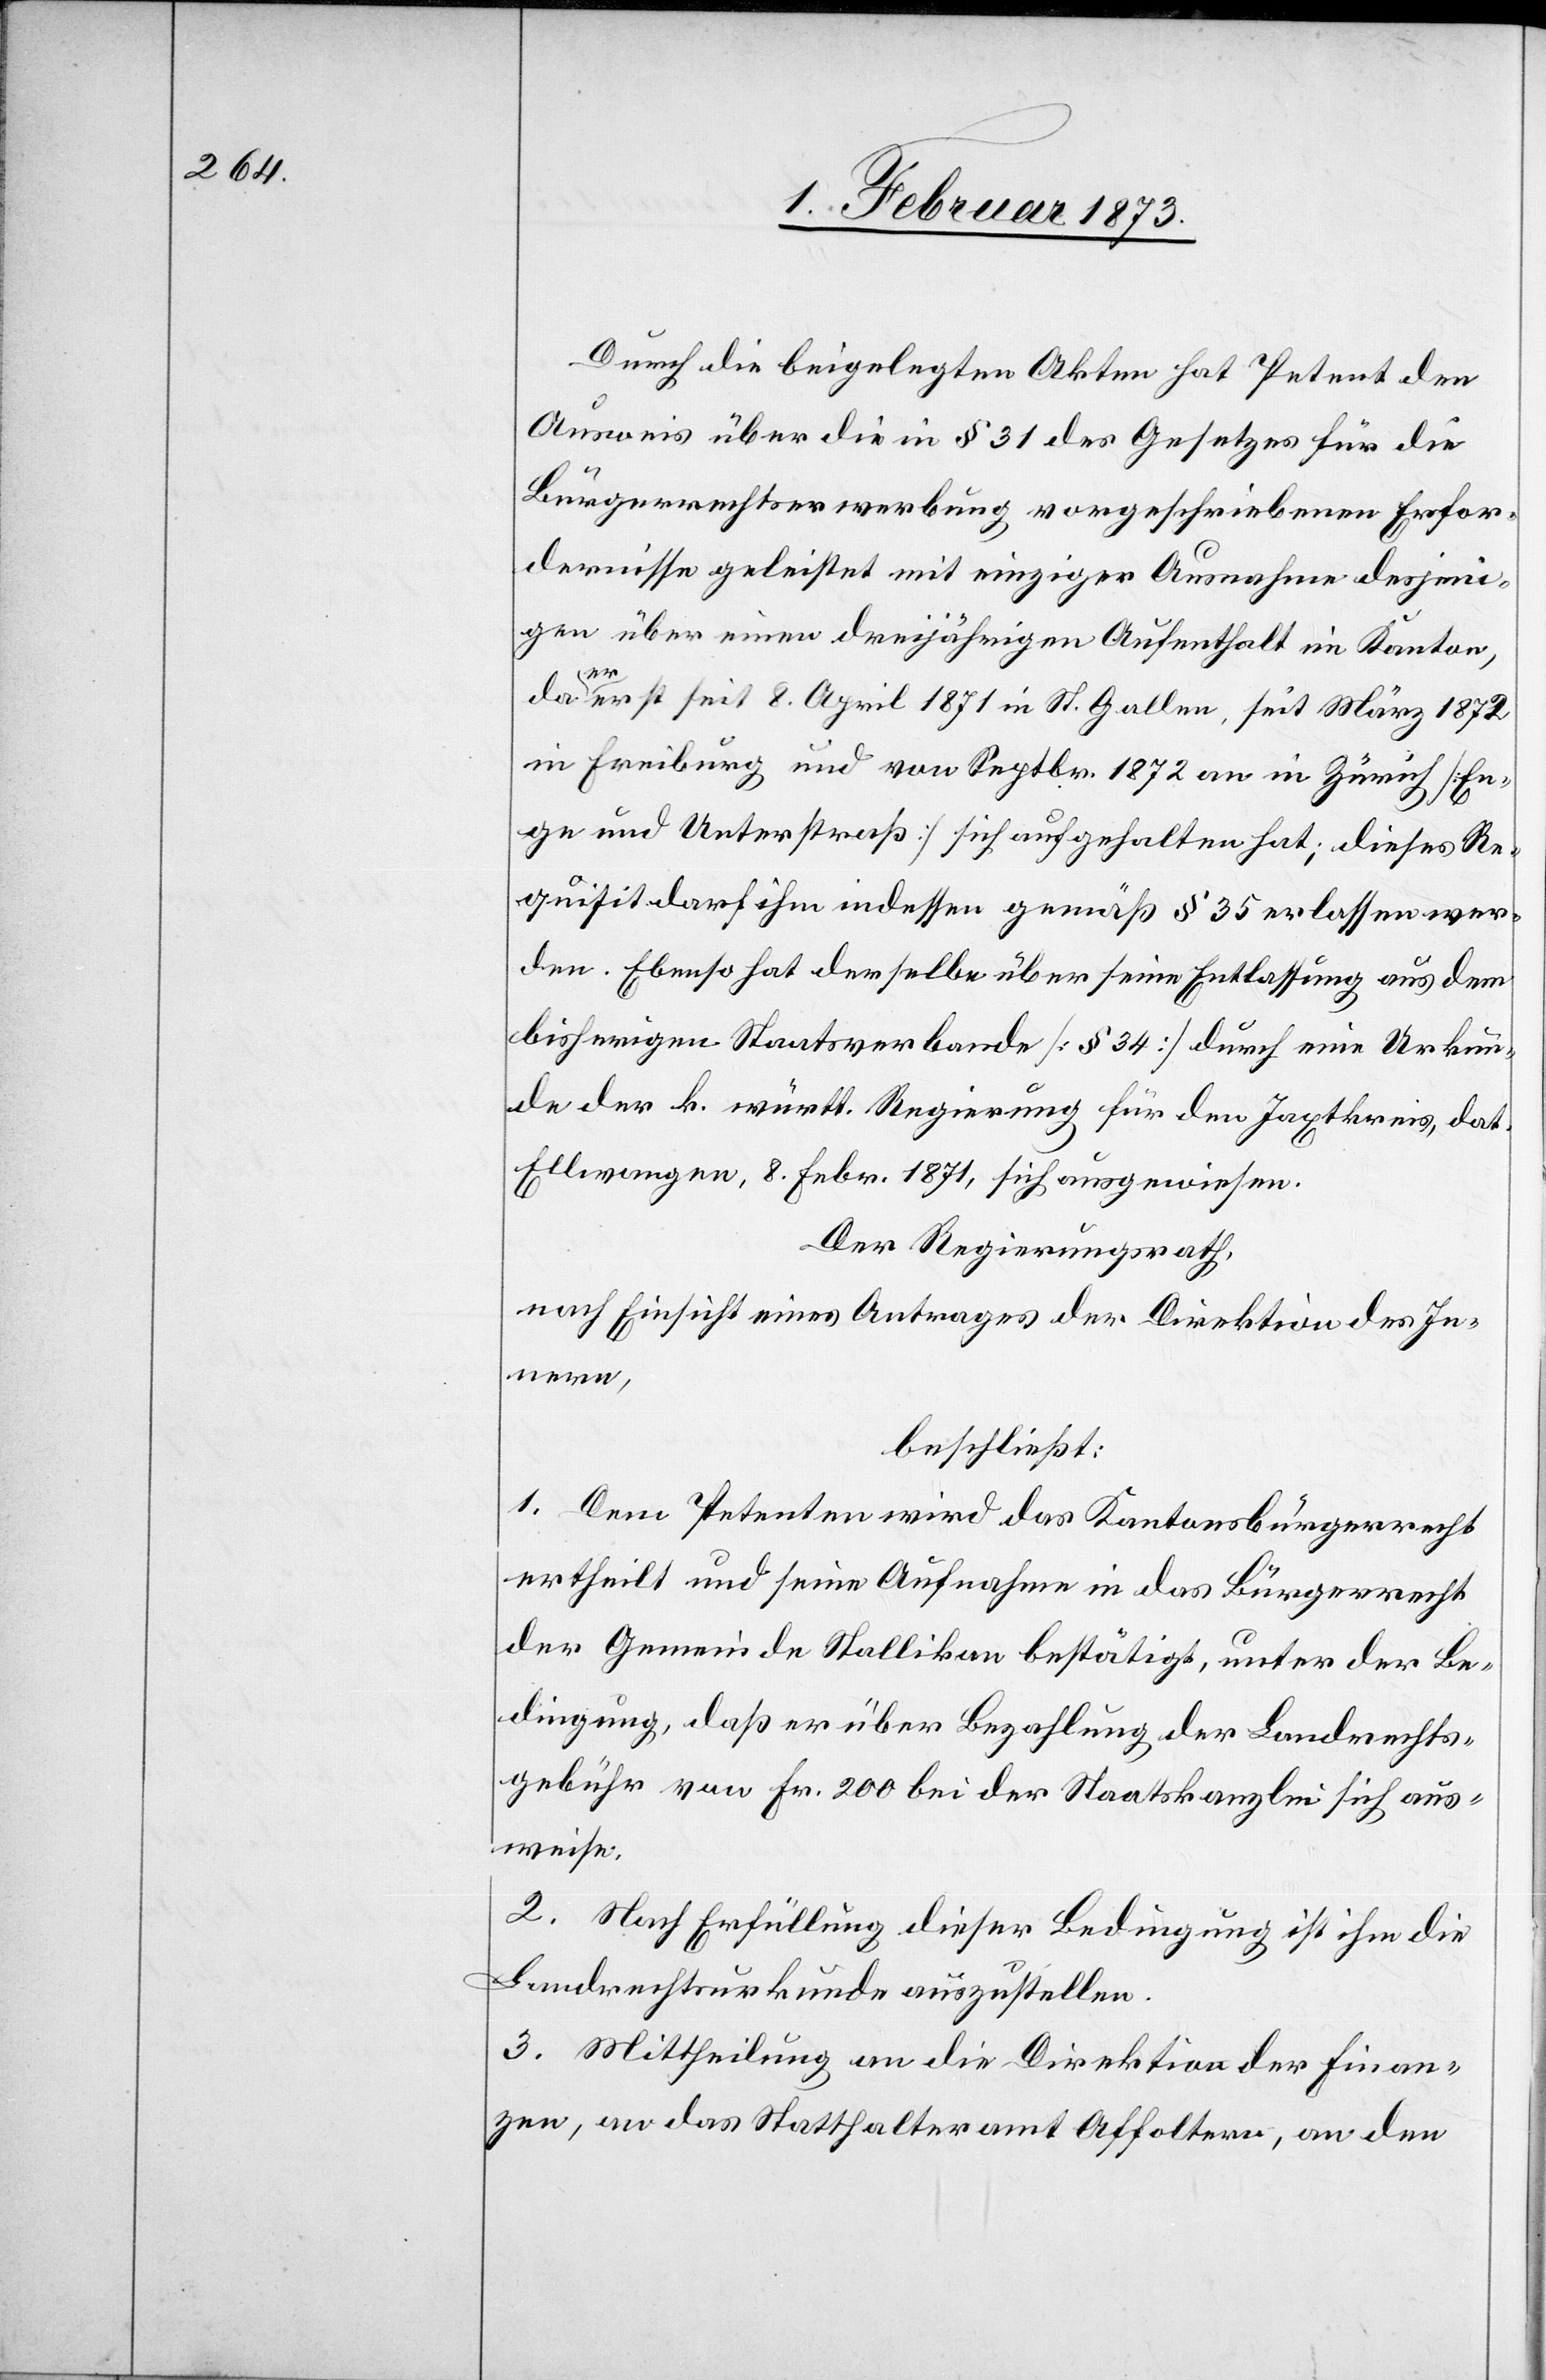
Durch die beigelegten Akten hat Petent den
Ausweis über die in § 31 des Gesetzes für die
Bürgerrechtserwerbung vorgeschriebenen Erfor¬
dernisse geleistet mit einziger Ausnahme desjeni¬
gen über einen dreijährigen Aufenthalt im Kanton,
er
da
erst seit 8. April 1871 in St. Gallen, seit März 1872
in Freiburg und von Septbr. 1872 an in Zürich [En¬
ge und Unterstraß] sich aufgehalten hat; dieses Re¬
quisit darf ihm indessen gemäß § 35 erlassen wer¬
den. Ebenso hat derselbe über seine Entlassung aus dem
bisherigen Staatsverbande [§ 34] durch eine Urkun¬
de der k. württ. Regierung für den Jaxtkreis, dat.
Ellwangen, 8. Febr. 1871, sich ausgewiesen.
Der Regierungsrath,
nach Einsicht eines Antrages der Direktion des In¬
nern,
beschließt:
1. Dem Petenten wird das Kantonsbürgerrecht
ertheilt und seine Aufnahme in das Bürgerrecht
der Gemeinde Stallikon bestätigt, unter der Be¬
dingung, daß er über Bezahlung der Landrechts¬
gebühr von Fr. 200 bei der Staatskanzlei sich aus¬
weise.
2. Nach Erfüllung dieser Bedingung ist ihm die
Landrechtsurkunde auszustellen.
3. Mittheilung an die Direktion der Finan¬
zen, an das Statthalteramt Affoltern, an den